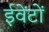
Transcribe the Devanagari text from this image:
ईवेंटों